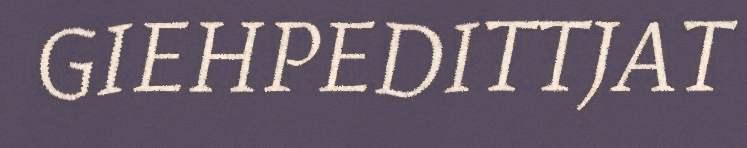
GIEHPEDITTJAT